Vabadussoja_Ajaloo_Komitee, lk 57
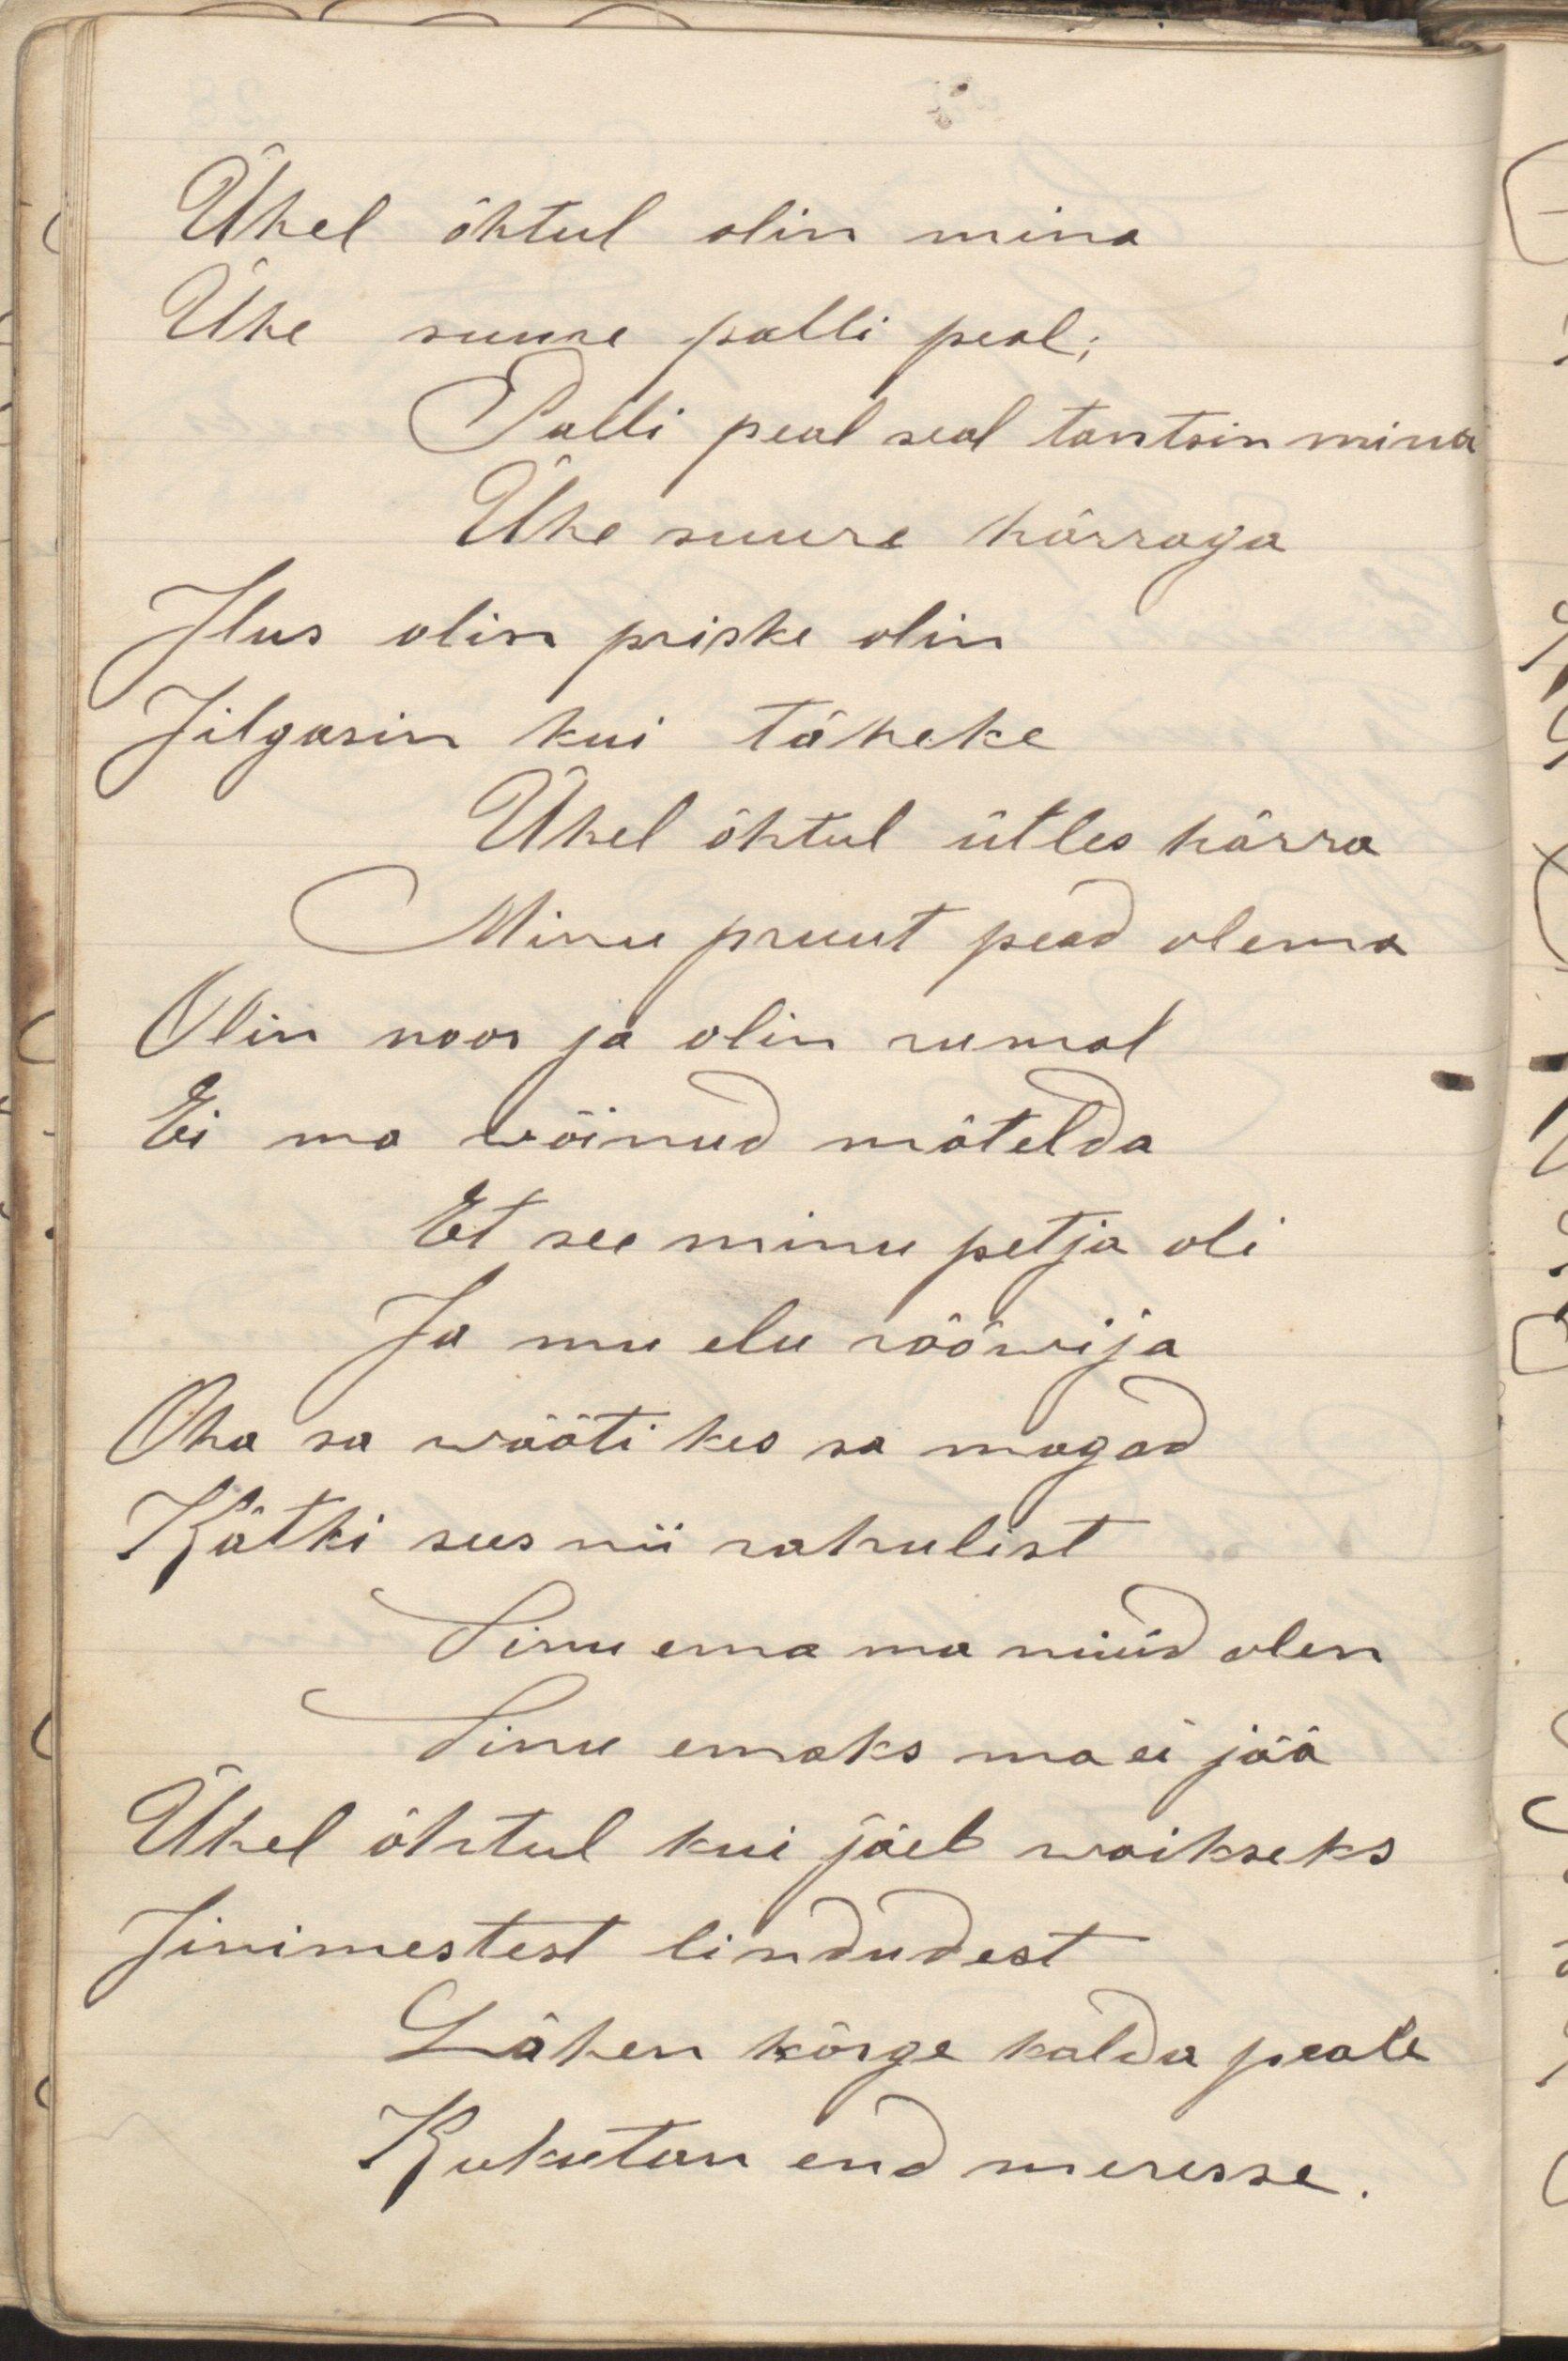
Ühel õhtul olin mina
Ühe suure palli peal;
Palli peal seal tantsin mina
Ühe suure härraga
Ilus olin priske olin
Iilgasin kui täheke
Ühel õhtul ütles härra
Minu pruut pead olema
Olin noor ja olin rumal
Ei ma wõinud mõtelda
Et see minu petja oli
Ja mu elu rööwija
Oha sa wääti kes sa magad
Kätki sees nii rahulist
Sinu ema ma nüüd olen
Sinu emaks ma ei jää
Ühel õhtul kui jäeb waikseks
Iinimestest lindudest
Lähen kõrge kalda peale
Kukutan end meresse.